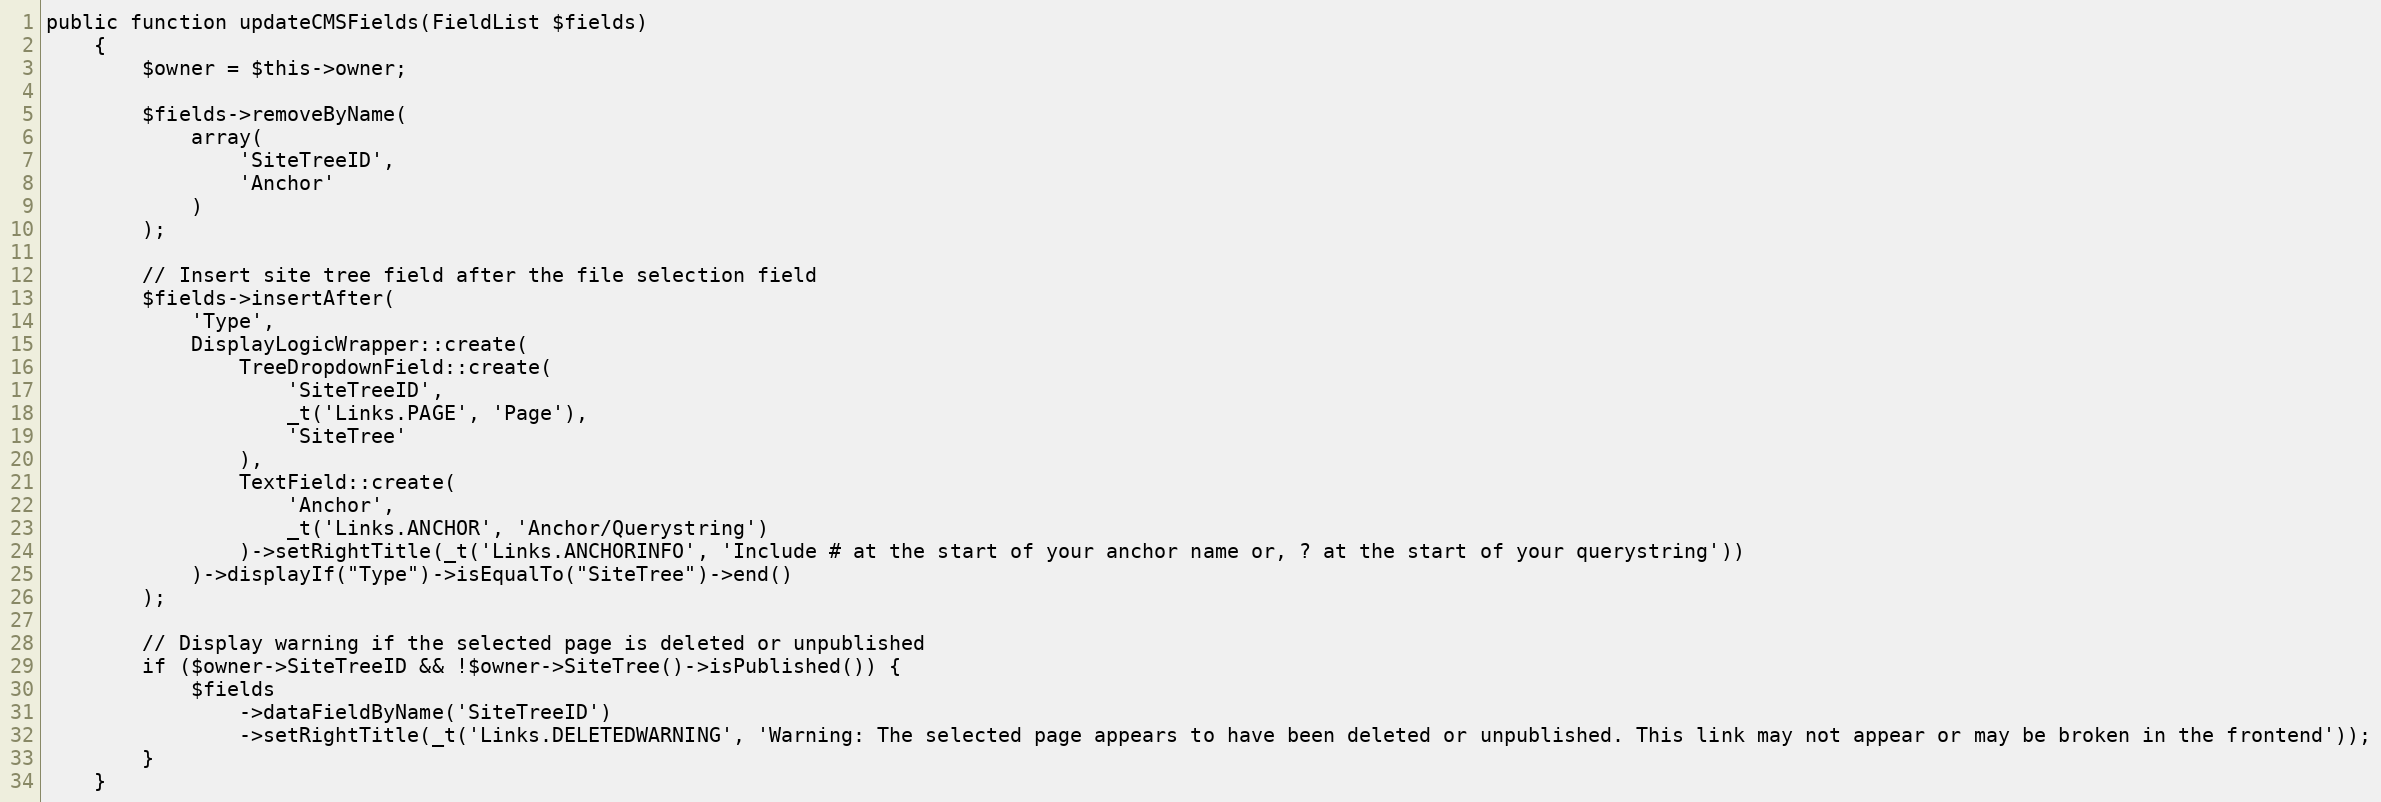
Language: PHP
public function updateCMSFields(FieldList $fields)
    {
        $owner = $this->owner;

        $fields->removeByName(
            array(
                'SiteTreeID',
                'Anchor'
            )
        );

        // Insert site tree field after the file selection field
        $fields->insertAfter(
            'Type',
            DisplayLogicWrapper::create(
                TreeDropdownField::create(
                    'SiteTreeID',
                    _t('Links.PAGE', 'Page'),
                    'SiteTree'
                ),
                TextField::create(
                    'Anchor',
                    _t('Links.ANCHOR', 'Anchor/Querystring')
                )->setRightTitle(_t('Links.ANCHORINFO', 'Include # at the start of your anchor name or, ? at the start of your querystring'))
            )->displayIf("Type")->isEqualTo("SiteTree")->end()
        );

        // Display warning if the selected page is deleted or unpublished
        if ($owner->SiteTreeID && !$owner->SiteTree()->isPublished()) {
            $fields
                ->dataFieldByName('SiteTreeID')
                ->setRightTitle(_t('Links.DELETEDWARNING', 'Warning: The selected page appears to have been deleted or unpublished. This link may not appear or may be broken in the frontend'));
        }
    }